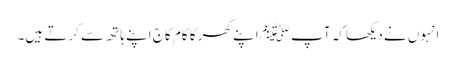
انہوں نے دیکھا کہ آپﷺ اپنے گھر کا کام کاج اپنے ہاتھ سے کرتے ہیں۔